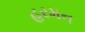
હરમન